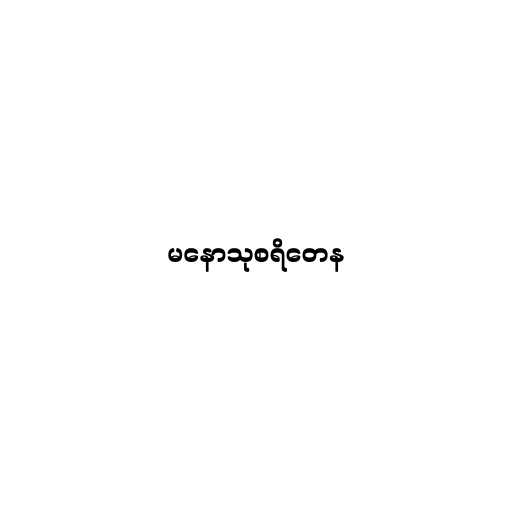
မနောသုစရိတေန